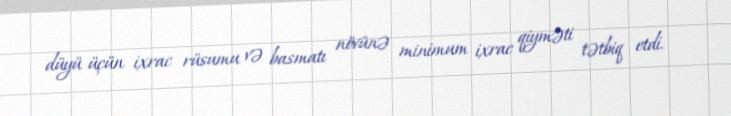
düyü üçün ixrac rüsumu və basmatı növünə minimum ixrac qiyməti tətbiq etdi.